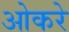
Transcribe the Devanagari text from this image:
ओकरे